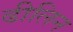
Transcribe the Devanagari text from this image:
ढीलिन